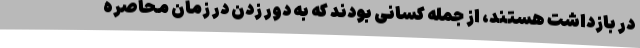
در بازداشت هستند، از جمله کسانی بودند که به دور زدن در زمان محاصره